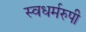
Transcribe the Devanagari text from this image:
स्वधर्मरुपी